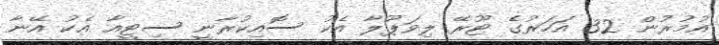
އުމުރުން 32 އަހަރުގެ ޓޫރޭ ލިވަޕޫލާ އެކު ސޮއިކުރާނީ ސިޓީއާ އެކު އޭނާ